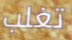
تغلب